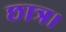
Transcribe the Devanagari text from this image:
छात्र।